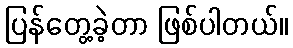
ပြန်တွေ့ခဲ့တာ ဖြစ်ပါတယ်။